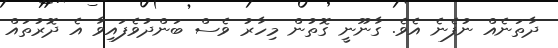
ދާތަނެއް ނުފެނެ އެވެ. ގާނޫނީ ގޮތުން މިހާރު ވެސް ބަންދުވެފައިވާ އެ ދޮރުތައް